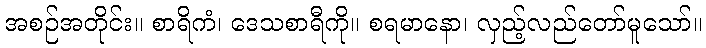
အစဉ်အတိုင်း။ စာရိကံ၊ ဒေသစာရီကို။ စရမာနော၊ လှည့်လည်တော်မူသော်။